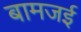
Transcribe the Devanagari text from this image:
बामजई